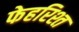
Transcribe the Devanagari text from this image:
फेहरिश्त